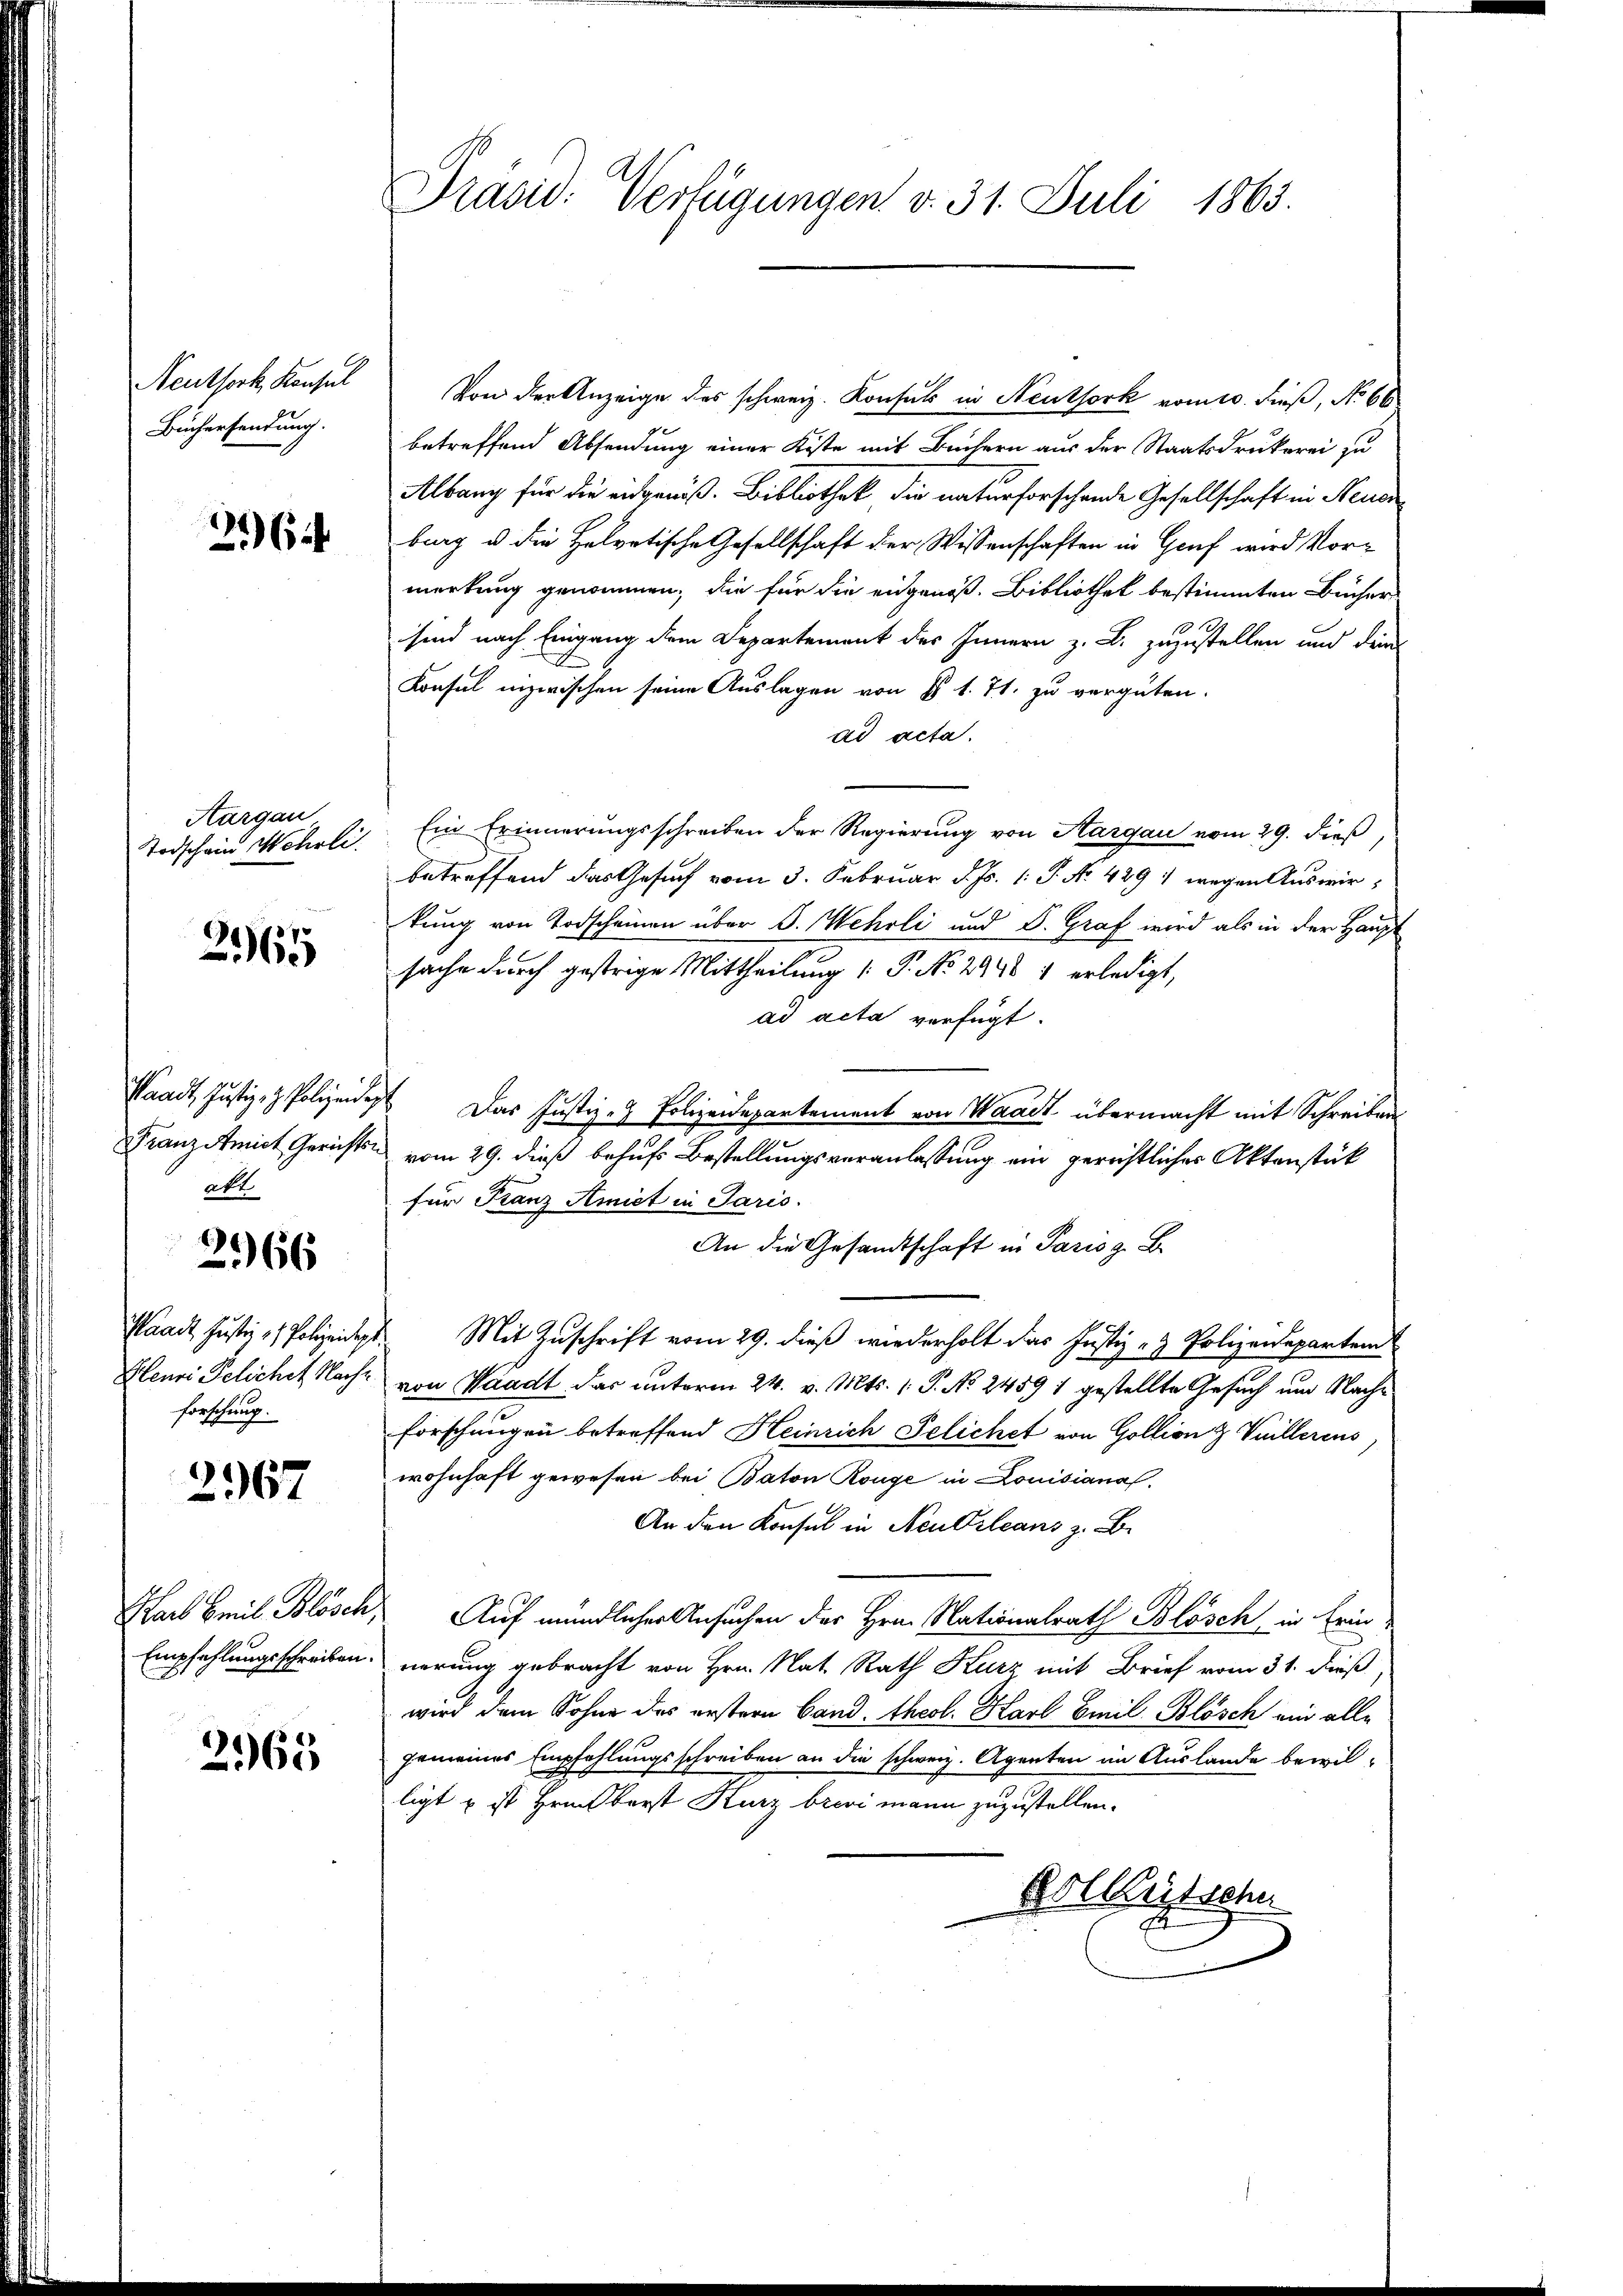
Neuthork, Konsul
Büchersendung.

264

Aargau

2165

Waadt, Justiz- & Polizeidet
akt

2166

forschung.

2967

2965

Von der Anzeige des schweiz. Konsul in Neuthork vom 10. dieß, No 66
betreffend Absendung einer Kiste mit Büchern aus der Staatsdruckerei zu
Albang für die eidgenöß. Bibliothek die naturforschende Gesellschaft in Neuen
burg u die Helvetische Gesellschaft der Wissenschaften in Genf wird Vormerkung genommen, die für die eingenoß. Bibliothek bestimmten Bücher
1010.
sind nach Eingang dem Departement des Innern z. B. zuzustellen und den
Konsul inzwischen seine Auslagen von § 1. 71. zu vergüten.
ad acta.
Todschein Wehrli. Ein Erinnerungsschreiben der Regierung von Aargau vom 29. dieß,
betreffend das Gesuch vom 3. Februar d. Js. 1. P. No. 429 : wegen Auswirkung von Todscheinen über J. Wehrli und Dr. Graf wird als in der Haupt
sache durch gestrige Mittheilung (: P. No 2948 1 erledigt,
ad acta verfügt:
Das Justiz - Polizeidepartement von Waadt übermacht mit Schreiben
Franz Amict Gerichts vom 29. dieß behufs Bestellungsveranlassung ein gerichtliches Aktenstük
für Franz Amict in Paris.
An die Gesandtschaft in Paris z. B.
Waadt Justiz & Polizeidigt. Mit Zuschrift vom 29. dieß wiederholt das Justiz- & Polizeidepartem
Glenri Pelichet Nach von Waadt das unterm 24. v. Mts. 1. P. No. 2459 1 gestellte Gesuch um Nachforschungen betreffend Heinrich Felichet von Gollion & Vuillerius,
wohnhaft gewesen bei Baton Ronge in Louisianal.
An den Konsul in Neu Orleans z. B.
Karl Emil Blösch, Auf mündlicher Ansuchen der Hrn. Nationalrath Blösch, in Erin¬
Empfehlungsschreiben verung gebracht von Hrn. Nat. Rath Kurz mit Brief vom 31. dieß
wird dem Sohne des erstern Band. theol. Karl Emil Blösch ein alle
gemeines Empfehlungsschreiben an die schweiz. Agenten im Auslande bewil-
ligt u ist Heiberst Kurz brevi mann zuzustellen.
Vollfütsohn

Präsid. Verfügungen v. 31. Juli 1863.